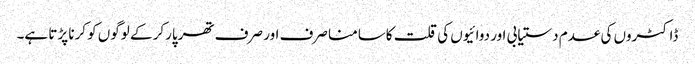
ڈاکٹروں کی عدم دستیابی اور دوائیوں کی قلت کاسامنا صرف اور صرف تھرپارکر کے لوگوں کو کرنا پڑتا ہے۔